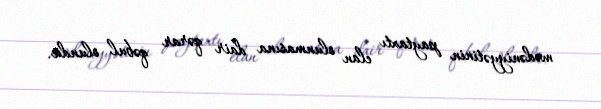
mədəniyyətinin paytaxtı elan olunmasına dair qərar qəbul olundu.